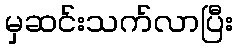
မှဆင်းသက်လာပြီး